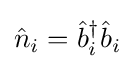
{\hat {n}}_{i}={\hat {b}}_{i}^{\dagger }{\hat {b}}_{i}